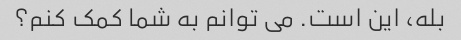
بله، این است. می توانم به شما کمک کنم؟